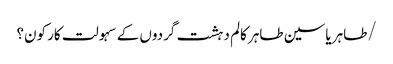
/طاہر یاسین طاہر	کالم	دہشت گردوں کے سہولت کار کون؟